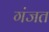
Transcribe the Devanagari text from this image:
गंजत